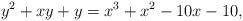
LaTeX: \begin{align*}y^2 + xy + y = x^3 +x^2 - 10x-10,\end{align*}